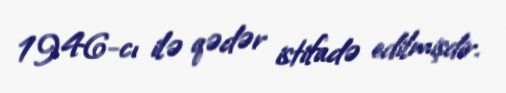
1946-cı ilə qədər istifadə edilmişdir.